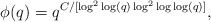
\begin{align*}\phi(q) = q^{C/[\log^2\log(q)\log^2\log\log(q)]},\end{align*}